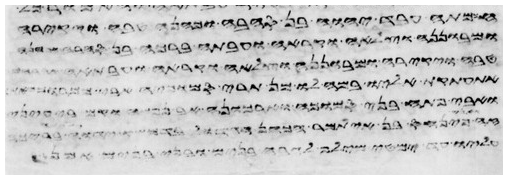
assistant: יעשה יהוה את הדבר הזה בארץ ויעש יהוה
ובתה לא תגלה את בת בנה ואת בת בתה לא
פרעה ויקרא למשה ולאהרן ויאמר אליהם
ואמרת אליו בהעלותך את הנרות
השביעני לפני מותו לאמר הנה אנכי מת בקברי אשר כרתי לי
וירא ישראל את היד הגדלה אשר עשה
אחיו כי איך אעלה אל אבי והנער איננו